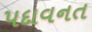
પદાવનત